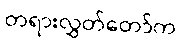
တရားလွှတ်တော်က